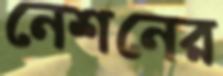
নেশনের